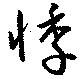
悸